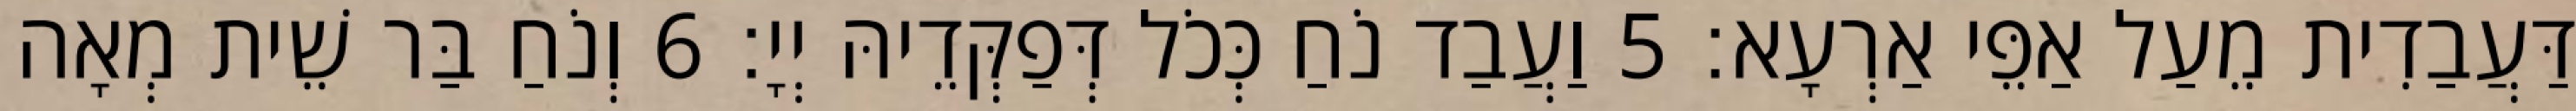
דַּעֲבַדִית מֵעַל אַפֵּי אַרְעָא׃ 5 וַעֲבַד נֹחַ כְּכֹל דְּפַקְּדֵיהּ יְיָ׃ 6 וְנֹחַ בַּר שֵׁית מְאָה